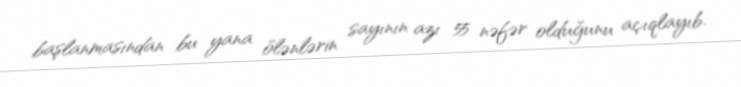
başlanmasından bu yana ölənlərin sayının azı 55 nəfər olduğunu açıqlayıb.